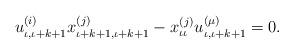
LaTeX: \begin{align*}u_{\iota,\iota+k+1}^{(i)} x_{\iota+k+1, \iota+ k+1}^{(j)} - x_{\iota \iota}^{(j)} u_{\iota ,\iota+k+1}^{( \mu )} =0. \end{align*}